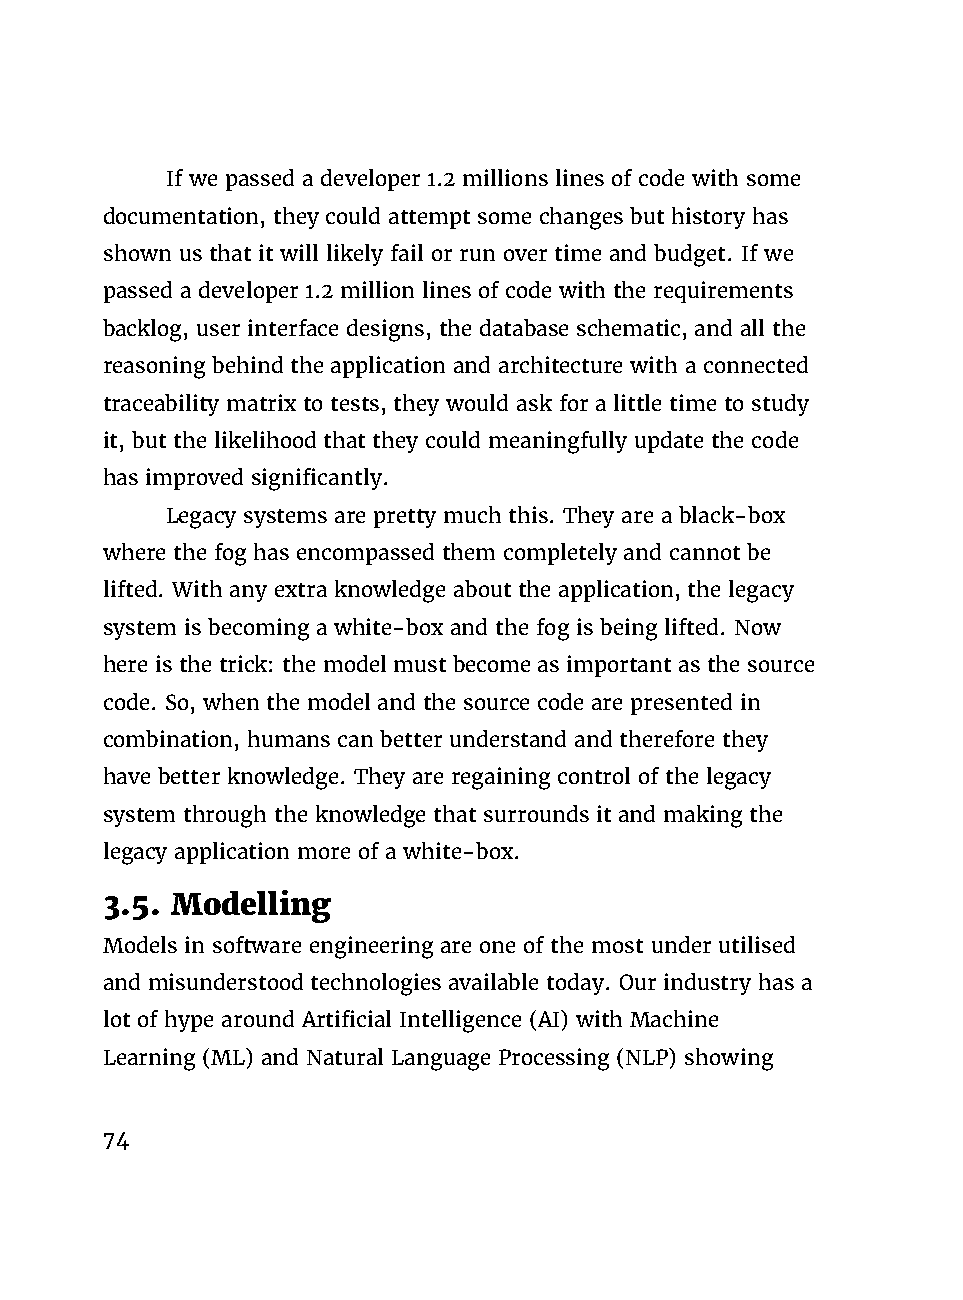
If we passed a developer 1.2 millions lines of code with some
 documentation, they could attempt some changes but history has
 shown us that it will likely fail or run over time and budget. If we
 passed a developer 1.2 million lines of code with the requirements
 backlog, user interface designs, the database schematic, and all the
 reasoning behind the application and architecture with a connected
 traceability matrix to tests, they would ask for a little time to study
 it, but the likelihood that they could meaningfully update the code
 has improved significantly.
 Legacy systems are pretty much this. They are a black-box
 where the fog has encompassed them completely and cannot be
 lifted. With any extra knowledge about the application, the legacy
 system is becoming a white-box and the fog is being lifted. Now
 here is the trick: the model must become as important as the source
 code. So, when the model and the source code are presented in
 combination, humans can better understand and therefore they
 have better knowledge. They are regaining control of the legacy
 system through the knowledge that surrounds it and making the
 legacy application more of a white-box.
 3.5. Modelling
 Models in software engineering are one of the most under utilised
 and misunderstood technologies available today. Our industry has a
 lot of hype around Artificial Intelligence (AI) with Machine
 Learning (ML) and Natural Language Processing (NLP) showing
 74